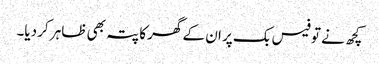
کچھ نے تو فیس بک پر ان کے گھر کا پتہ بھی ظاہر کر دیا۔